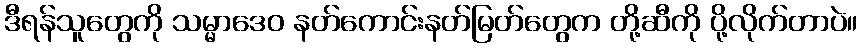
ဒီရန်သူတွေကို သမ္မာဒေဝ နတ်ကောင်းနတ်မြတ်တွေက တို့ဆီကို ပို့လိုက်တာပဲ။